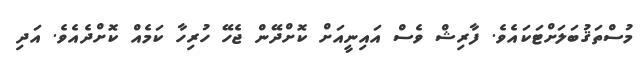
މުސްތަޤުބަލަށްޓަކައެވެ. ފާރިޝް ވެސް އައިނީއަށް ކޮށްދޭން ޖެހޭ ހުރިހާ ކަމެއް ކޮށްދެއެވެ. އަދި